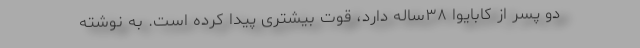
دو پسر از کابایوا ۳۸ساله دارد، قوت بیشتری پیدا کرده است. به نوشته